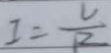
I = \frac { U } { P }